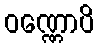
ဝဏ္ဏောပိ